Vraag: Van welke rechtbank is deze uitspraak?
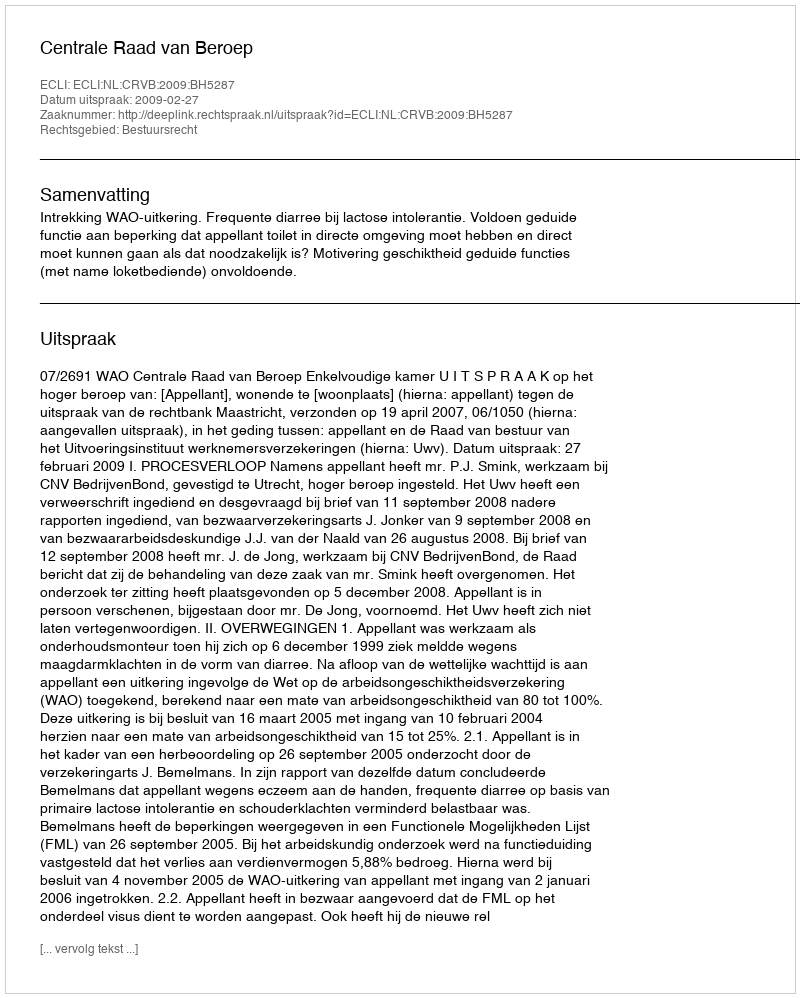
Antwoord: Centrale Raad van Beroep